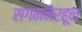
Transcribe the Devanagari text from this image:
संगमनेरहून